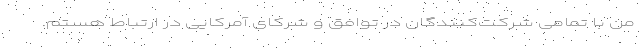
من با تمامی شرکت‌کنندگان در توافق و شرکای آمرکایی در ارتباط هستم.